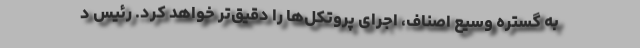
به گستره وسیع اصناف، اجرای پروتکل‌ها را دقیق‌تر خواهد کرد. رئیس د